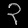
Digit: ၃